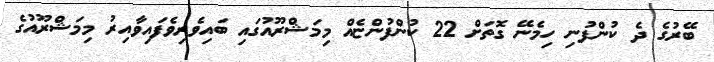
ބޭރުގެ ދެ ކުންފުނި ހިމެނޭ ގޮތަށް 22 ކުންފުންޏެއް މިމަޝްރޫއުގައި ބައިވެރިވެފައިވާއިރު މިމަޝްރޫއުގެ